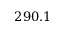
2 9 0 . 1